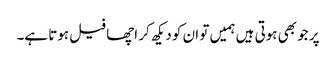
پر جو بھی ہوتی ہیں ہمیں تو ان کو دیکھ کر اچھا فیل ہوتا ہے۔